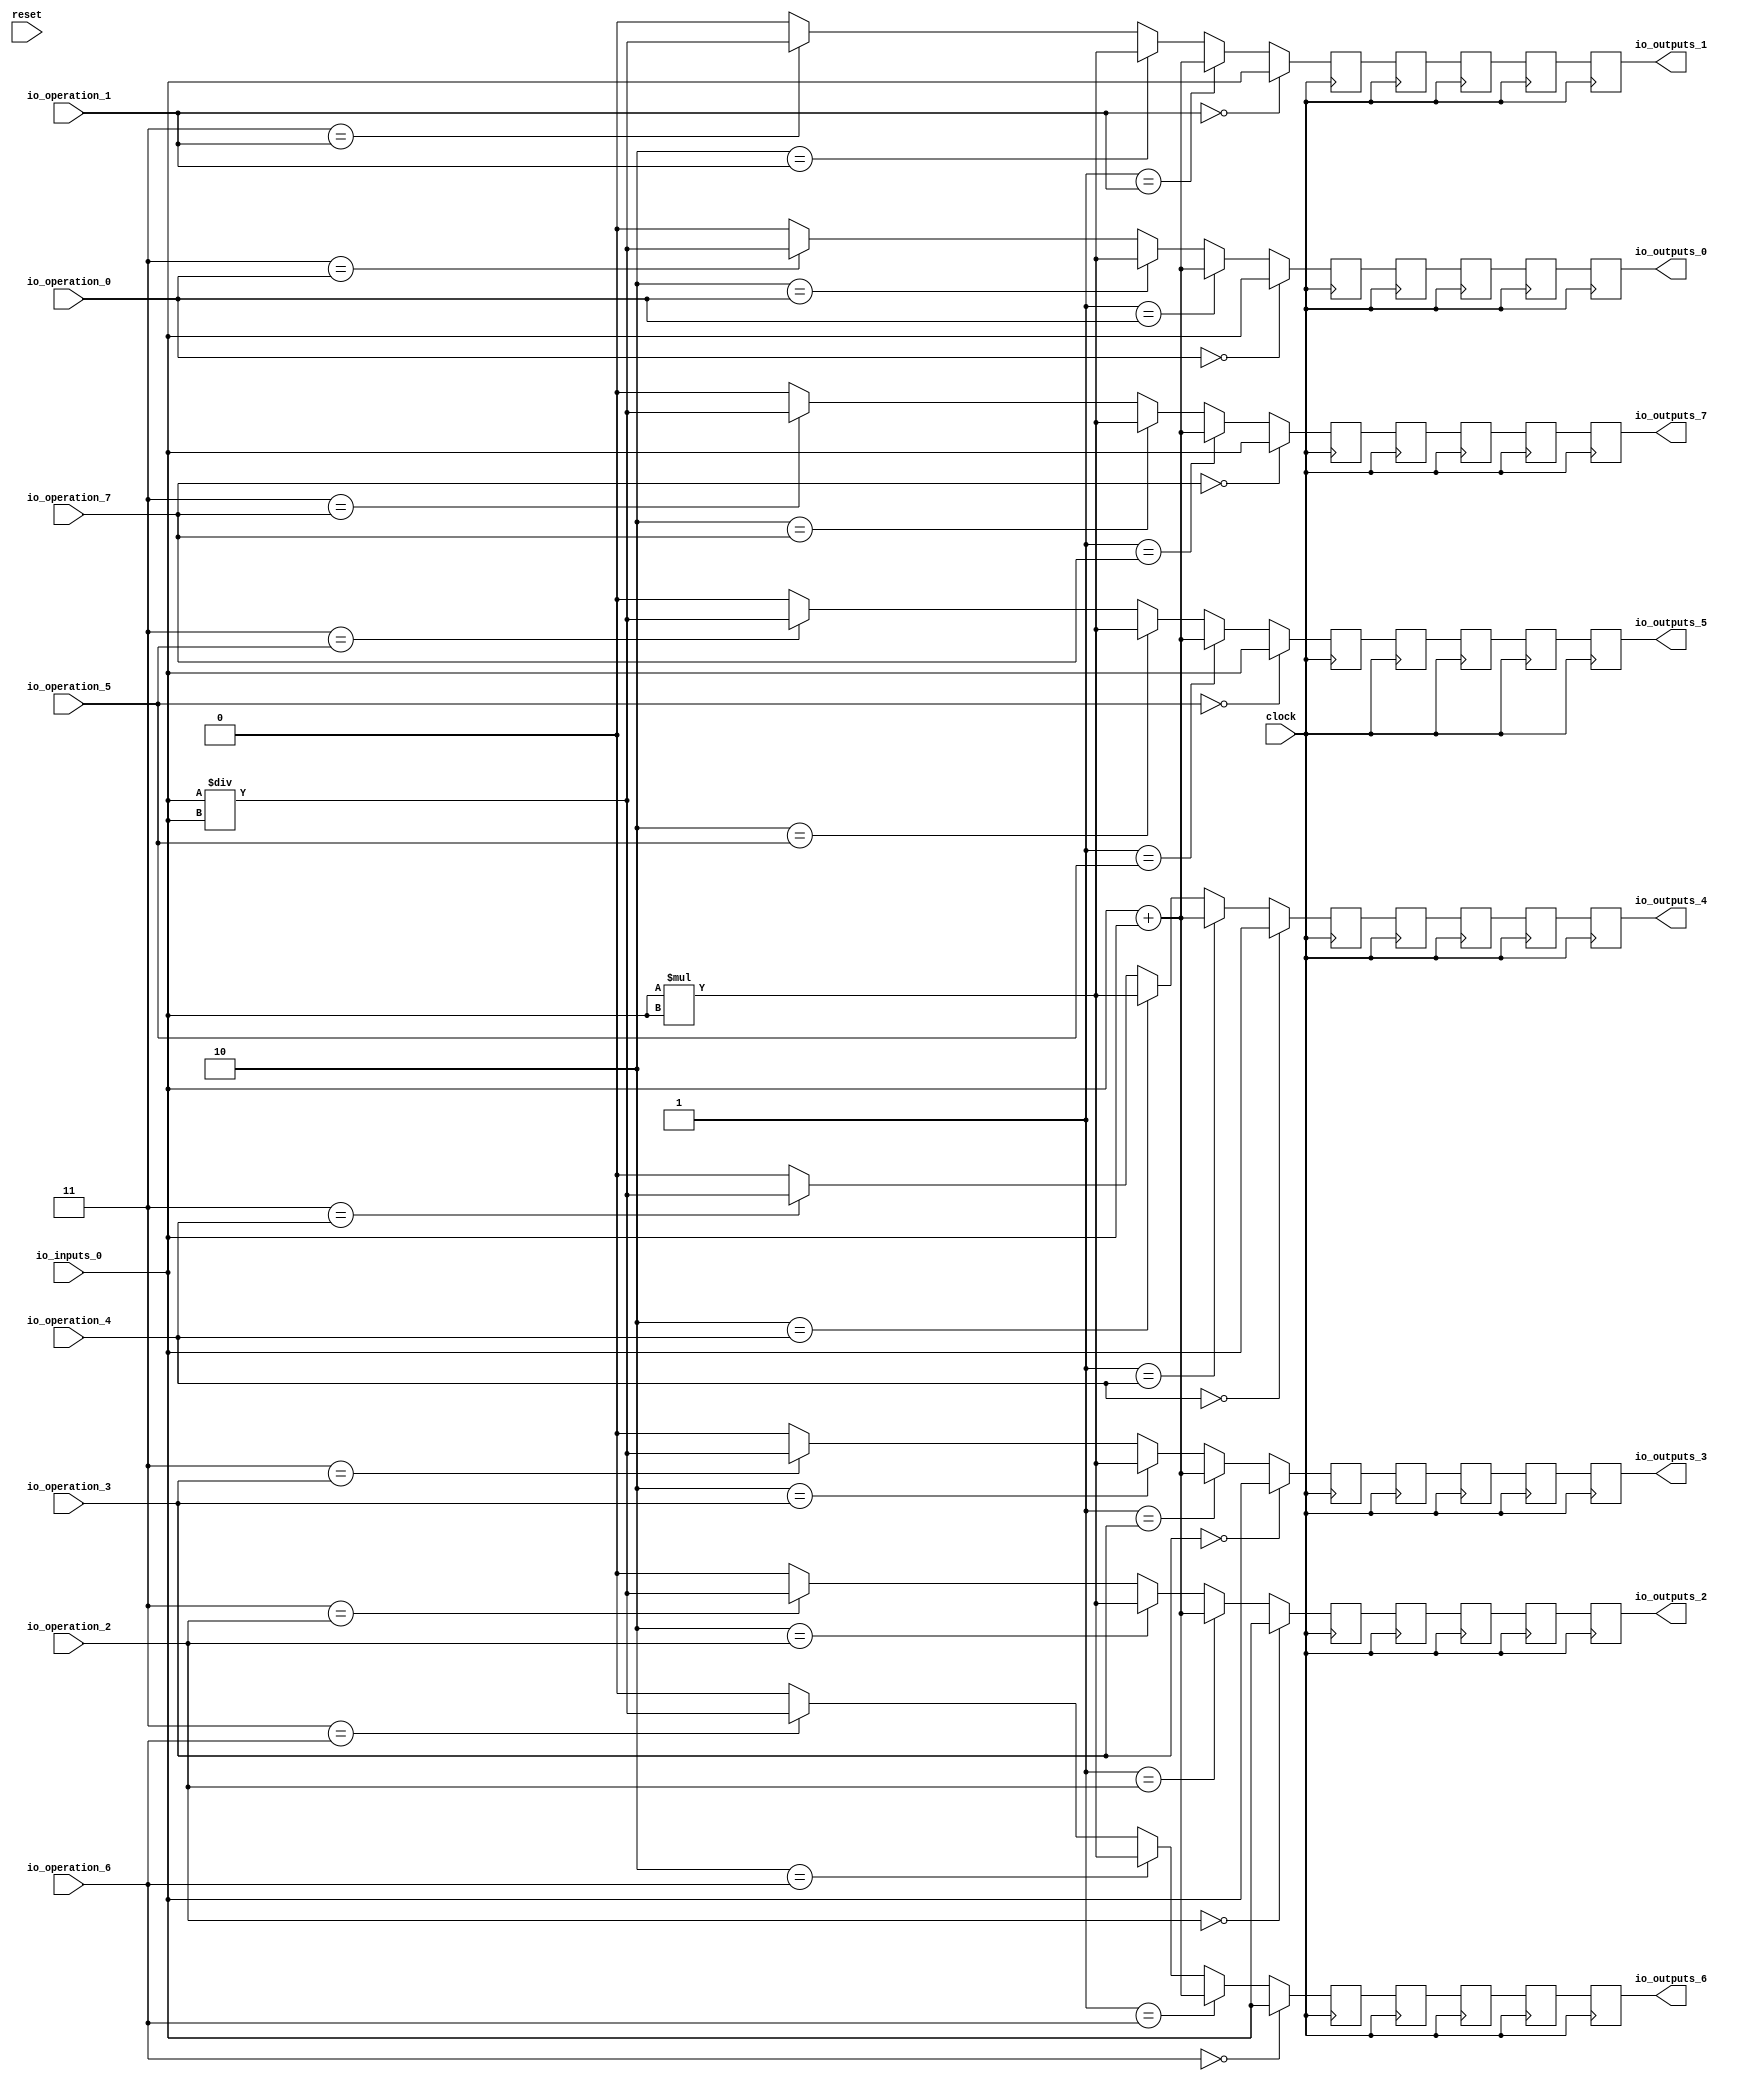
module MuxTest_width_1_inputs_1_outputs_8_pipeline_5( // @[:@3.2]
  input        clock, // @[:@4.4]
  input        reset, // @[:@5.4]
  input  [2:0] io_operation_0, // @[:@6.4]
  input  [2:0] io_operation_1, // @[:@6.4]
  input  [2:0] io_operation_2, // @[:@6.4]
  input  [2:0] io_operation_3, // @[:@6.4]
  input  [2:0] io_operation_4, // @[:@6.4]
  input  [2:0] io_operation_5, // @[:@6.4]
  input  [2:0] io_operation_6, // @[:@6.4]
  input  [2:0] io_operation_7, // @[:@6.4]
  input        io_inputs_0, // @[:@6.4]
  output       io_outputs_0, // @[:@6.4]
  output       io_outputs_1, // @[:@6.4]
  output       io_outputs_2, // @[:@6.4]
  output       io_outputs_3, // @[:@6.4]
  output       io_outputs_4, // @[:@6.4]
  output       io_outputs_5, // @[:@6.4]
  output       io_outputs_6, // @[:@6.4]
  output       io_outputs_7 // @[:@6.4]
);
  wire [1:0] _T_404; // @[MuxTest_width_1_inputs_1_outputs_8_pipeline_5s.scala 32:53:@8.4]
  wire  _T_405; // @[MuxTest_width_1_inputs_1_outputs_8_pipeline_5s.scala 32:53:@9.4]
  wire [1:0] _T_407; // @[MuxTest_width_1_inputs_1_outputs_8_pipeline_5s.scala 33:58:@10.4]
  wire  _T_409; // @[MuxTest_width_1_inputs_1_outputs_8_pipeline_5s.scala 34:56:@11.4]
  wire  _T_410; // @[Mux.scala 46:19:@12.4]
  wire  _T_411; // @[Mux.scala 46:16:@13.4]
  wire  _T_412; // @[Mux.scala 46:19:@14.4]
  wire [1:0] _T_413; // @[Mux.scala 46:16:@15.4]
  wire  _T_414; // @[Mux.scala 46:19:@16.4]
  wire [1:0] _T_415; // @[Mux.scala 46:16:@17.4]
  wire  _T_416; // @[Mux.scala 46:19:@18.4]
  wire  _T_427; // @[Mux.scala 46:19:@24.4]
  wire  _T_428; // @[Mux.scala 46:16:@25.4]
  wire  _T_429; // @[Mux.scala 46:19:@26.4]
  wire [1:0] _T_430; // @[Mux.scala 46:16:@27.4]
  wire  _T_431; // @[Mux.scala 46:19:@28.4]
  wire [1:0] _T_432; // @[Mux.scala 46:16:@29.4]
  wire  _T_433; // @[Mux.scala 46:19:@30.4]
  wire  _T_444; // @[Mux.scala 46:19:@36.4]
  wire  _T_445; // @[Mux.scala 46:16:@37.4]
  wire  _T_446; // @[Mux.scala 46:19:@38.4]
  wire [1:0] _T_447; // @[Mux.scala 46:16:@39.4]
  wire  _T_448; // @[Mux.scala 46:19:@40.4]
  wire [1:0] _T_449; // @[Mux.scala 46:16:@41.4]
  wire  _T_450; // @[Mux.scala 46:19:@42.4]
  wire  _T_461; // @[Mux.scala 46:19:@48.4]
  wire  _T_462; // @[Mux.scala 46:16:@49.4]
  wire  _T_463; // @[Mux.scala 46:19:@50.4]
  wire [1:0] _T_464; // @[Mux.scala 46:16:@51.4]
  wire  _T_465; // @[Mux.scala 46:19:@52.4]
  wire [1:0] _T_466; // @[Mux.scala 46:16:@53.4]
  wire  _T_467; // @[Mux.scala 46:19:@54.4]
  wire  _T_478; // @[Mux.scala 46:19:@60.4]
  wire  _T_479; // @[Mux.scala 46:16:@61.4]
  wire  _T_480; // @[Mux.scala 46:19:@62.4]
  wire [1:0] _T_481; // @[Mux.scala 46:16:@63.4]
  wire  _T_482; // @[Mux.scala 46:19:@64.4]
  wire [1:0] _T_483; // @[Mux.scala 46:16:@65.4]
  wire  _T_484; // @[Mux.scala 46:19:@66.4]
  wire  _T_495; // @[Mux.scala 46:19:@72.4]
  wire  _T_496; // @[Mux.scala 46:16:@73.4]
  wire  _T_497; // @[Mux.scala 46:19:@74.4]
  wire [1:0] _T_498; // @[Mux.scala 46:16:@75.4]
  wire  _T_499; // @[Mux.scala 46:19:@76.4]
  wire [1:0] _T_500; // @[Mux.scala 46:16:@77.4]
  wire  _T_501; // @[Mux.scala 46:19:@78.4]
  wire  _T_512; // @[Mux.scala 46:19:@84.4]
  wire  _T_513; // @[Mux.scala 46:16:@85.4]
  wire  _T_514; // @[Mux.scala 46:19:@86.4]
  wire [1:0] _T_515; // @[Mux.scala 46:16:@87.4]
  wire  _T_516; // @[Mux.scala 46:19:@88.4]
  wire [1:0] _T_517; // @[Mux.scala 46:16:@89.4]
  wire  _T_518; // @[Mux.scala 46:19:@90.4]
  wire  _T_529; // @[Mux.scala 46:19:@96.4]
  wire  _T_530; // @[Mux.scala 46:16:@97.4]
  wire  _T_531; // @[Mux.scala 46:19:@98.4]
  wire [1:0] _T_532; // @[Mux.scala 46:16:@99.4]
  wire  _T_533; // @[Mux.scala 46:19:@100.4]
  wire [1:0] _T_534; // @[Mux.scala 46:16:@101.4]
  wire  _T_535; // @[Mux.scala 46:19:@102.4]
  reg [1:0] _T_539; // @[Reg.scala 11:16:@104.4]
  reg [31:0] _RAND_0;
  reg [1:0] _T_541; // @[Reg.scala 11:16:@108.4]
  reg [31:0] _RAND_1;
  reg [1:0] _T_543; // @[Reg.scala 11:16:@112.4]
  reg [31:0] _RAND_2;
  reg [1:0] _T_545; // @[Reg.scala 11:16:@116.4]
  reg [31:0] _RAND_3;
  reg [1:0] _T_547; // @[Reg.scala 11:16:@120.4]
  reg [31:0] _RAND_4;
  reg [1:0] _T_550; // @[Reg.scala 11:16:@124.4]
  reg [31:0] _RAND_5;
  reg [1:0] _T_552; // @[Reg.scala 11:16:@128.4]
  reg [31:0] _RAND_6;
  reg [1:0] _T_554; // @[Reg.scala 11:16:@132.4]
  reg [31:0] _RAND_7;
  reg [1:0] _T_556; // @[Reg.scala 11:16:@136.4]
  reg [31:0] _RAND_8;
  reg [1:0] _T_558; // @[Reg.scala 11:16:@140.4]
  reg [31:0] _RAND_9;
  reg [1:0] _T_561; // @[Reg.scala 11:16:@144.4]
  reg [31:0] _RAND_10;
  reg [1:0] _T_563; // @[Reg.scala 11:16:@148.4]
  reg [31:0] _RAND_11;
  reg [1:0] _T_565; // @[Reg.scala 11:16:@152.4]
  reg [31:0] _RAND_12;
  reg [1:0] _T_567; // @[Reg.scala 11:16:@156.4]
  reg [31:0] _RAND_13;
  reg [1:0] _T_569; // @[Reg.scala 11:16:@160.4]
  reg [31:0] _RAND_14;
  reg [1:0] _T_572; // @[Reg.scala 11:16:@164.4]
  reg [31:0] _RAND_15;
  reg [1:0] _T_574; // @[Reg.scala 11:16:@168.4]
  reg [31:0] _RAND_16;
  reg [1:0] _T_576; // @[Reg.scala 11:16:@172.4]
  reg [31:0] _RAND_17;
  reg [1:0] _T_578; // @[Reg.scala 11:16:@176.4]
  reg [31:0] _RAND_18;
  reg [1:0] _T_580; // @[Reg.scala 11:16:@180.4]
  reg [31:0] _RAND_19;
  reg [1:0] _T_583; // @[Reg.scala 11:16:@184.4]
  reg [31:0] _RAND_20;
  reg [1:0] _T_585; // @[Reg.scala 11:16:@188.4]
  reg [31:0] _RAND_21;
  reg [1:0] _T_587; // @[Reg.scala 11:16:@192.4]
  reg [31:0] _RAND_22;
  reg [1:0] _T_589; // @[Reg.scala 11:16:@196.4]
  reg [31:0] _RAND_23;
  reg [1:0] _T_591; // @[Reg.scala 11:16:@200.4]
  reg [31:0] _RAND_24;
  reg [1:0] _T_594; // @[Reg.scala 11:16:@204.4]
  reg [31:0] _RAND_25;
  reg [1:0] _T_596; // @[Reg.scala 11:16:@208.4]
  reg [31:0] _RAND_26;
  reg [1:0] _T_598; // @[Reg.scala 11:16:@212.4]
  reg [31:0] _RAND_27;
  reg [1:0] _T_600; // @[Reg.scala 11:16:@216.4]
  reg [31:0] _RAND_28;
  reg [1:0] _T_602; // @[Reg.scala 11:16:@220.4]
  reg [31:0] _RAND_29;
  reg [1:0] _T_605; // @[Reg.scala 11:16:@224.4]
  reg [31:0] _RAND_30;
  reg [1:0] _T_607; // @[Reg.scala 11:16:@228.4]
  reg [31:0] _RAND_31;
  reg [1:0] _T_609; // @[Reg.scala 11:16:@232.4]
  reg [31:0] _RAND_32;
  reg [1:0] _T_611; // @[Reg.scala 11:16:@236.4]
  reg [31:0] _RAND_33;
  reg [1:0] _T_613; // @[Reg.scala 11:16:@240.4]
  reg [31:0] _RAND_34;
  reg [1:0] _T_616; // @[Reg.scala 11:16:@244.4]
  reg [31:0] _RAND_35;
  reg [1:0] _T_618; // @[Reg.scala 11:16:@248.4]
  reg [31:0] _RAND_36;
  reg [1:0] _T_620; // @[Reg.scala 11:16:@252.4]
  reg [31:0] _RAND_37;
  reg [1:0] _T_622; // @[Reg.scala 11:16:@256.4]
  reg [31:0] _RAND_38;
  reg [1:0] _T_624; // @[Reg.scala 11:16:@260.4]
  reg [31:0] _RAND_39;
  assign _T_404 = io_inputs_0 + io_inputs_0; // @[MuxTest_width_1_inputs_1_outputs_8_pipeline_5s.scala 32:53:@8.4]
  assign _T_405 = io_inputs_0 + io_inputs_0; // @[MuxTest_width_1_inputs_1_outputs_8_pipeline_5s.scala 32:53:@9.4]
  assign _T_407 = io_inputs_0 * io_inputs_0; // @[MuxTest_width_1_inputs_1_outputs_8_pipeline_5s.scala 33:58:@10.4]
  assign _T_409 = io_inputs_0 / io_inputs_0; // @[MuxTest_width_1_inputs_1_outputs_8_pipeline_5s.scala 34:56:@11.4]
  assign _T_410 = 3'h3 == io_operation_0; // @[Mux.scala 46:19:@12.4]
  assign _T_411 = _T_410 ? _T_409 : 1'h0; // @[Mux.scala 46:16:@13.4]
  assign _T_412 = 3'h2 == io_operation_0; // @[Mux.scala 46:19:@14.4]
  assign _T_413 = _T_412 ? _T_407 : {{1'd0}, _T_411}; // @[Mux.scala 46:16:@15.4]
  assign _T_414 = 3'h1 == io_operation_0; // @[Mux.scala 46:19:@16.4]
  assign _T_415 = _T_414 ? {{1'd0}, _T_405} : _T_413; // @[Mux.scala 46:16:@17.4]
  assign _T_416 = 3'h0 == io_operation_0; // @[Mux.scala 46:19:@18.4]
  assign _T_427 = 3'h3 == io_operation_1; // @[Mux.scala 46:19:@24.4]
  assign _T_428 = _T_427 ? _T_409 : 1'h0; // @[Mux.scala 46:16:@25.4]
  assign _T_429 = 3'h2 == io_operation_1; // @[Mux.scala 46:19:@26.4]
  assign _T_430 = _T_429 ? _T_407 : {{1'd0}, _T_428}; // @[Mux.scala 46:16:@27.4]
  assign _T_431 = 3'h1 == io_operation_1; // @[Mux.scala 46:19:@28.4]
  assign _T_432 = _T_431 ? {{1'd0}, _T_405} : _T_430; // @[Mux.scala 46:16:@29.4]
  assign _T_433 = 3'h0 == io_operation_1; // @[Mux.scala 46:19:@30.4]
  assign _T_444 = 3'h3 == io_operation_2; // @[Mux.scala 46:19:@36.4]
  assign _T_445 = _T_444 ? _T_409 : 1'h0; // @[Mux.scala 46:16:@37.4]
  assign _T_446 = 3'h2 == io_operation_2; // @[Mux.scala 46:19:@38.4]
  assign _T_447 = _T_446 ? _T_407 : {{1'd0}, _T_445}; // @[Mux.scala 46:16:@39.4]
  assign _T_448 = 3'h1 == io_operation_2; // @[Mux.scala 46:19:@40.4]
  assign _T_449 = _T_448 ? {{1'd0}, _T_405} : _T_447; // @[Mux.scala 46:16:@41.4]
  assign _T_450 = 3'h0 == io_operation_2; // @[Mux.scala 46:19:@42.4]
  assign _T_461 = 3'h3 == io_operation_3; // @[Mux.scala 46:19:@48.4]
  assign _T_462 = _T_461 ? _T_409 : 1'h0; // @[Mux.scala 46:16:@49.4]
  assign _T_463 = 3'h2 == io_operation_3; // @[Mux.scala 46:19:@50.4]
  assign _T_464 = _T_463 ? _T_407 : {{1'd0}, _T_462}; // @[Mux.scala 46:16:@51.4]
  assign _T_465 = 3'h1 == io_operation_3; // @[Mux.scala 46:19:@52.4]
  assign _T_466 = _T_465 ? {{1'd0}, _T_405} : _T_464; // @[Mux.scala 46:16:@53.4]
  assign _T_467 = 3'h0 == io_operation_3; // @[Mux.scala 46:19:@54.4]
  assign _T_478 = 3'h3 == io_operation_4; // @[Mux.scala 46:19:@60.4]
  assign _T_479 = _T_478 ? _T_409 : 1'h0; // @[Mux.scala 46:16:@61.4]
  assign _T_480 = 3'h2 == io_operation_4; // @[Mux.scala 46:19:@62.4]
  assign _T_481 = _T_480 ? _T_407 : {{1'd0}, _T_479}; // @[Mux.scala 46:16:@63.4]
  assign _T_482 = 3'h1 == io_operation_4; // @[Mux.scala 46:19:@64.4]
  assign _T_483 = _T_482 ? {{1'd0}, _T_405} : _T_481; // @[Mux.scala 46:16:@65.4]
  assign _T_484 = 3'h0 == io_operation_4; // @[Mux.scala 46:19:@66.4]
  assign _T_495 = 3'h3 == io_operation_5; // @[Mux.scala 46:19:@72.4]
  assign _T_496 = _T_495 ? _T_409 : 1'h0; // @[Mux.scala 46:16:@73.4]
  assign _T_497 = 3'h2 == io_operation_5; // @[Mux.scala 46:19:@74.4]
  assign _T_498 = _T_497 ? _T_407 : {{1'd0}, _T_496}; // @[Mux.scala 46:16:@75.4]
  assign _T_499 = 3'h1 == io_operation_5; // @[Mux.scala 46:19:@76.4]
  assign _T_500 = _T_499 ? {{1'd0}, _T_405} : _T_498; // @[Mux.scala 46:16:@77.4]
  assign _T_501 = 3'h0 == io_operation_5; // @[Mux.scala 46:19:@78.4]
  assign _T_512 = 3'h3 == io_operation_6; // @[Mux.scala 46:19:@84.4]
  assign _T_513 = _T_512 ? _T_409 : 1'h0; // @[Mux.scala 46:16:@85.4]
  assign _T_514 = 3'h2 == io_operation_6; // @[Mux.scala 46:19:@86.4]
  assign _T_515 = _T_514 ? _T_407 : {{1'd0}, _T_513}; // @[Mux.scala 46:16:@87.4]
  assign _T_516 = 3'h1 == io_operation_6; // @[Mux.scala 46:19:@88.4]
  assign _T_517 = _T_516 ? {{1'd0}, _T_405} : _T_515; // @[Mux.scala 46:16:@89.4]
  assign _T_518 = 3'h0 == io_operation_6; // @[Mux.scala 46:19:@90.4]
  assign _T_529 = 3'h3 == io_operation_7; // @[Mux.scala 46:19:@96.4]
  assign _T_530 = _T_529 ? _T_409 : 1'h0; // @[Mux.scala 46:16:@97.4]
  assign _T_531 = 3'h2 == io_operation_7; // @[Mux.scala 46:19:@98.4]
  assign _T_532 = _T_531 ? _T_407 : {{1'd0}, _T_530}; // @[Mux.scala 46:16:@99.4]
  assign _T_533 = 3'h1 == io_operation_7; // @[Mux.scala 46:19:@100.4]
  assign _T_534 = _T_533 ? {{1'd0}, _T_405} : _T_532; // @[Mux.scala 46:16:@101.4]
  assign _T_535 = 3'h0 == io_operation_7; // @[Mux.scala 46:19:@102.4]
  assign io_outputs_0 = _T_547[0]; // @[MuxTest_width_1_inputs_1_outputs_8_pipeline_5s.scala 23:14:@264.4]
  assign io_outputs_1 = _T_558[0]; // @[MuxTest_width_1_inputs_1_outputs_8_pipeline_5s.scala 23:14:@265.4]
  assign io_outputs_2 = _T_569[0]; // @[MuxTest_width_1_inputs_1_outputs_8_pipeline_5s.scala 23:14:@266.4]
  assign io_outputs_3 = _T_580[0]; // @[MuxTest_width_1_inputs_1_outputs_8_pipeline_5s.scala 23:14:@267.4]
  assign io_outputs_4 = _T_591[0]; // @[MuxTest_width_1_inputs_1_outputs_8_pipeline_5s.scala 23:14:@268.4]
  assign io_outputs_5 = _T_602[0]; // @[MuxTest_width_1_inputs_1_outputs_8_pipeline_5s.scala 23:14:@269.4]
  assign io_outputs_6 = _T_613[0]; // @[MuxTest_width_1_inputs_1_outputs_8_pipeline_5s.scala 23:14:@270.4]
  assign io_outputs_7 = _T_624[0]; // @[MuxTest_width_1_inputs_1_outputs_8_pipeline_5s.scala 23:14:@271.4]
`ifdef RANDOMIZE_GARBAGE_ASSIGN
`define RANDOMIZE
`endif
`ifdef RANDOMIZE_INVALID_ASSIGN
`define RANDOMIZE
`endif
`ifdef RANDOMIZE_REG_INIT
`define RANDOMIZE
`endif
`ifdef RANDOMIZE_MEM_INIT
`define RANDOMIZE
`endif
`ifndef RANDOM
`define RANDOM $random
`endif
`ifdef RANDOMIZE
  integer initvar;
  initial begin
    `ifdef INIT_RANDOM
      `INIT_RANDOM
    `endif
    `ifndef VERILATOR
      #0.002 begin end
    `endif
  `ifdef RANDOMIZE_REG_INIT
  _RAND_0 = {1{`RANDOM}};
  _T_539 = _RAND_0[1:0];
  `endif // RANDOMIZE_REG_INIT
  `ifdef RANDOMIZE_REG_INIT
  _RAND_1 = {1{`RANDOM}};
  _T_541 = _RAND_1[1:0];
  `endif // RANDOMIZE_REG_INIT
  `ifdef RANDOMIZE_REG_INIT
  _RAND_2 = {1{`RANDOM}};
  _T_543 = _RAND_2[1:0];
  `endif // RANDOMIZE_REG_INIT
  `ifdef RANDOMIZE_REG_INIT
  _RAND_3 = {1{`RANDOM}};
  _T_545 = _RAND_3[1:0];
  `endif // RANDOMIZE_REG_INIT
  `ifdef RANDOMIZE_REG_INIT
  _RAND_4 = {1{`RANDOM}};
  _T_547 = _RAND_4[1:0];
  `endif // RANDOMIZE_REG_INIT
  `ifdef RANDOMIZE_REG_INIT
  _RAND_5 = {1{`RANDOM}};
  _T_550 = _RAND_5[1:0];
  `endif // RANDOMIZE_REG_INIT
  `ifdef RANDOMIZE_REG_INIT
  _RAND_6 = {1{`RANDOM}};
  _T_552 = _RAND_6[1:0];
  `endif // RANDOMIZE_REG_INIT
  `ifdef RANDOMIZE_REG_INIT
  _RAND_7 = {1{`RANDOM}};
  _T_554 = _RAND_7[1:0];
  `endif // RANDOMIZE_REG_INIT
  `ifdef RANDOMIZE_REG_INIT
  _RAND_8 = {1{`RANDOM}};
  _T_556 = _RAND_8[1:0];
  `endif // RANDOMIZE_REG_INIT
  `ifdef RANDOMIZE_REG_INIT
  _RAND_9 = {1{`RANDOM}};
  _T_558 = _RAND_9[1:0];
  `endif // RANDOMIZE_REG_INIT
  `ifdef RANDOMIZE_REG_INIT
  _RAND_10 = {1{`RANDOM}};
  _T_561 = _RAND_10[1:0];
  `endif // RANDOMIZE_REG_INIT
  `ifdef RANDOMIZE_REG_INIT
  _RAND_11 = {1{`RANDOM}};
  _T_563 = _RAND_11[1:0];
  `endif // RANDOMIZE_REG_INIT
  `ifdef RANDOMIZE_REG_INIT
  _RAND_12 = {1{`RANDOM}};
  _T_565 = _RAND_12[1:0];
  `endif // RANDOMIZE_REG_INIT
  `ifdef RANDOMIZE_REG_INIT
  _RAND_13 = {1{`RANDOM}};
  _T_567 = _RAND_13[1:0];
  `endif // RANDOMIZE_REG_INIT
  `ifdef RANDOMIZE_REG_INIT
  _RAND_14 = {1{`RANDOM}};
  _T_569 = _RAND_14[1:0];
  `endif // RANDOMIZE_REG_INIT
  `ifdef RANDOMIZE_REG_INIT
  _RAND_15 = {1{`RANDOM}};
  _T_572 = _RAND_15[1:0];
  `endif // RANDOMIZE_REG_INIT
  `ifdef RANDOMIZE_REG_INIT
  _RAND_16 = {1{`RANDOM}};
  _T_574 = _RAND_16[1:0];
  `endif // RANDOMIZE_REG_INIT
  `ifdef RANDOMIZE_REG_INIT
  _RAND_17 = {1{`RANDOM}};
  _T_576 = _RAND_17[1:0];
  `endif // RANDOMIZE_REG_INIT
  `ifdef RANDOMIZE_REG_INIT
  _RAND_18 = {1{`RANDOM}};
  _T_578 = _RAND_18[1:0];
  `endif // RANDOMIZE_REG_INIT
  `ifdef RANDOMIZE_REG_INIT
  _RAND_19 = {1{`RANDOM}};
  _T_580 = _RAND_19[1:0];
  `endif // RANDOMIZE_REG_INIT
  `ifdef RANDOMIZE_REG_INIT
  _RAND_20 = {1{`RANDOM}};
  _T_583 = _RAND_20[1:0];
  `endif // RANDOMIZE_REG_INIT
  `ifdef RANDOMIZE_REG_INIT
  _RAND_21 = {1{`RANDOM}};
  _T_585 = _RAND_21[1:0];
  `endif // RANDOMIZE_REG_INIT
  `ifdef RANDOMIZE_REG_INIT
  _RAND_22 = {1{`RANDOM}};
  _T_587 = _RAND_22[1:0];
  `endif // RANDOMIZE_REG_INIT
  `ifdef RANDOMIZE_REG_INIT
  _RAND_23 = {1{`RANDOM}};
  _T_589 = _RAND_23[1:0];
  `endif // RANDOMIZE_REG_INIT
  `ifdef RANDOMIZE_REG_INIT
  _RAND_24 = {1{`RANDOM}};
  _T_591 = _RAND_24[1:0];
  `endif // RANDOMIZE_REG_INIT
  `ifdef RANDOMIZE_REG_INIT
  _RAND_25 = {1{`RANDOM}};
  _T_594 = _RAND_25[1:0];
  `endif // RANDOMIZE_REG_INIT
  `ifdef RANDOMIZE_REG_INIT
  _RAND_26 = {1{`RANDOM}};
  _T_596 = _RAND_26[1:0];
  `endif // RANDOMIZE_REG_INIT
  `ifdef RANDOMIZE_REG_INIT
  _RAND_27 = {1{`RANDOM}};
  _T_598 = _RAND_27[1:0];
  `endif // RANDOMIZE_REG_INIT
  `ifdef RANDOMIZE_REG_INIT
  _RAND_28 = {1{`RANDOM}};
  _T_600 = _RAND_28[1:0];
  `endif // RANDOMIZE_REG_INIT
  `ifdef RANDOMIZE_REG_INIT
  _RAND_29 = {1{`RANDOM}};
  _T_602 = _RAND_29[1:0];
  `endif // RANDOMIZE_REG_INIT
  `ifdef RANDOMIZE_REG_INIT
  _RAND_30 = {1{`RANDOM}};
  _T_605 = _RAND_30[1:0];
  `endif // RANDOMIZE_REG_INIT
  `ifdef RANDOMIZE_REG_INIT
  _RAND_31 = {1{`RANDOM}};
  _T_607 = _RAND_31[1:0];
  `endif // RANDOMIZE_REG_INIT
  `ifdef RANDOMIZE_REG_INIT
  _RAND_32 = {1{`RANDOM}};
  _T_609 = _RAND_32[1:0];
  `endif // RANDOMIZE_REG_INIT
  `ifdef RANDOMIZE_REG_INIT
  _RAND_33 = {1{`RANDOM}};
  _T_611 = _RAND_33[1:0];
  `endif // RANDOMIZE_REG_INIT
  `ifdef RANDOMIZE_REG_INIT
  _RAND_34 = {1{`RANDOM}};
  _T_613 = _RAND_34[1:0];
  `endif // RANDOMIZE_REG_INIT
  `ifdef RANDOMIZE_REG_INIT
  _RAND_35 = {1{`RANDOM}};
  _T_616 = _RAND_35[1:0];
  `endif // RANDOMIZE_REG_INIT
  `ifdef RANDOMIZE_REG_INIT
  _RAND_36 = {1{`RANDOM}};
  _T_618 = _RAND_36[1:0];
  `endif // RANDOMIZE_REG_INIT
  `ifdef RANDOMIZE_REG_INIT
  _RAND_37 = {1{`RANDOM}};
  _T_620 = _RAND_37[1:0];
  `endif // RANDOMIZE_REG_INIT
  `ifdef RANDOMIZE_REG_INIT
  _RAND_38 = {1{`RANDOM}};
  _T_622 = _RAND_38[1:0];
  `endif // RANDOMIZE_REG_INIT
  `ifdef RANDOMIZE_REG_INIT
  _RAND_39 = {1{`RANDOM}};
  _T_624 = _RAND_39[1:0];
  `endif // RANDOMIZE_REG_INIT
  end
`endif // RANDOMIZE
  always @(posedge clock) begin
    if (_T_416) begin
      _T_539 <= {{1'd0}, io_inputs_0};
    end else begin
      _T_539 <= _T_415;
    end
    _T_541 <= _T_539;
    _T_543 <= _T_541;
    _T_545 <= _T_543;
    _T_547 <= _T_545;
    if (_T_433) begin
      _T_550 <= {{1'd0}, io_inputs_0};
    end else begin
      _T_550 <= _T_432;
    end
    _T_552 <= _T_550;
    _T_554 <= _T_552;
    _T_556 <= _T_554;
    _T_558 <= _T_556;
    if (_T_450) begin
      _T_561 <= {{1'd0}, io_inputs_0};
    end else begin
      _T_561 <= _T_449;
    end
    _T_563 <= _T_561;
    _T_565 <= _T_563;
    _T_567 <= _T_565;
    _T_569 <= _T_567;
    if (_T_467) begin
      _T_572 <= {{1'd0}, io_inputs_0};
    end else begin
      _T_572 <= _T_466;
    end
    _T_574 <= _T_572;
    _T_576 <= _T_574;
    _T_578 <= _T_576;
    _T_580 <= _T_578;
    if (_T_484) begin
      _T_583 <= {{1'd0}, io_inputs_0};
    end else begin
      _T_583 <= _T_483;
    end
    _T_585 <= _T_583;
    _T_587 <= _T_585;
    _T_589 <= _T_587;
    _T_591 <= _T_589;
    if (_T_501) begin
      _T_594 <= {{1'd0}, io_inputs_0};
    end else begin
      _T_594 <= _T_500;
    end
    _T_596 <= _T_594;
    _T_598 <= _T_596;
    _T_600 <= _T_598;
    _T_602 <= _T_600;
    if (_T_518) begin
      _T_605 <= {{1'd0}, io_inputs_0};
    end else begin
      _T_605 <= _T_517;
    end
    _T_607 <= _T_605;
    _T_609 <= _T_607;
    _T_611 <= _T_609;
    _T_613 <= _T_611;
    if (_T_535) begin
      _T_616 <= {{1'd0}, io_inputs_0};
    end else begin
      _T_616 <= _T_534;
    end
    _T_618 <= _T_616;
    _T_620 <= _T_618;
    _T_622 <= _T_620;
    _T_624 <= _T_622;
  end
endmodule